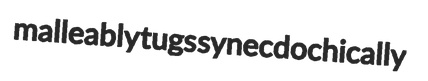
malleably tugs synecdochically